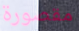
مقصورة